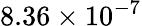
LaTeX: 8.36\times 10^{-7}